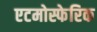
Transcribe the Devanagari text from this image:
एटमोस्फेरिक